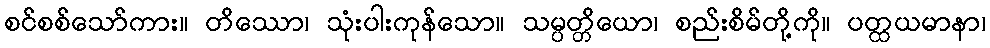
စင်စစ်သော်ကား။ တိဿော၊ သုံးပါးကုန်သော။ သမ္ပတ္တိယော၊ စည်းစိမ်တို့ကို။ ပတ္ထယမာနာ၊